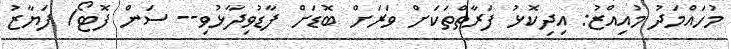
މުހައްމަދު މުއިއްޒު: އިދިކޮޅު ފަރާތްތަކަށް ވަރަށް ބޮޑަށް ފާޑުވިދާޅުވި-- ސަން ފޮޓޯ/ ފަޔާޒު